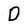
Character: D